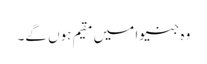
وہ جنیوا میں مقیم ہوں گے۔